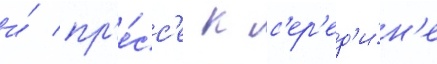
и́ пр'е́сс'е к с'ер'ед'и́н'е